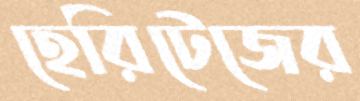
হেরিটেজের